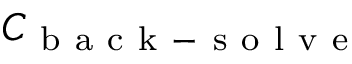
C _ { \mathrm { ~ b ~ a ~ c ~ k ~ - ~ s ~ o ~ l ~ v ~ e ~ } }